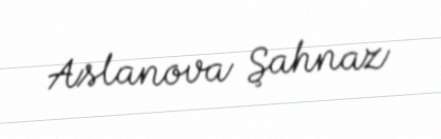
Aslanova Şahnaz